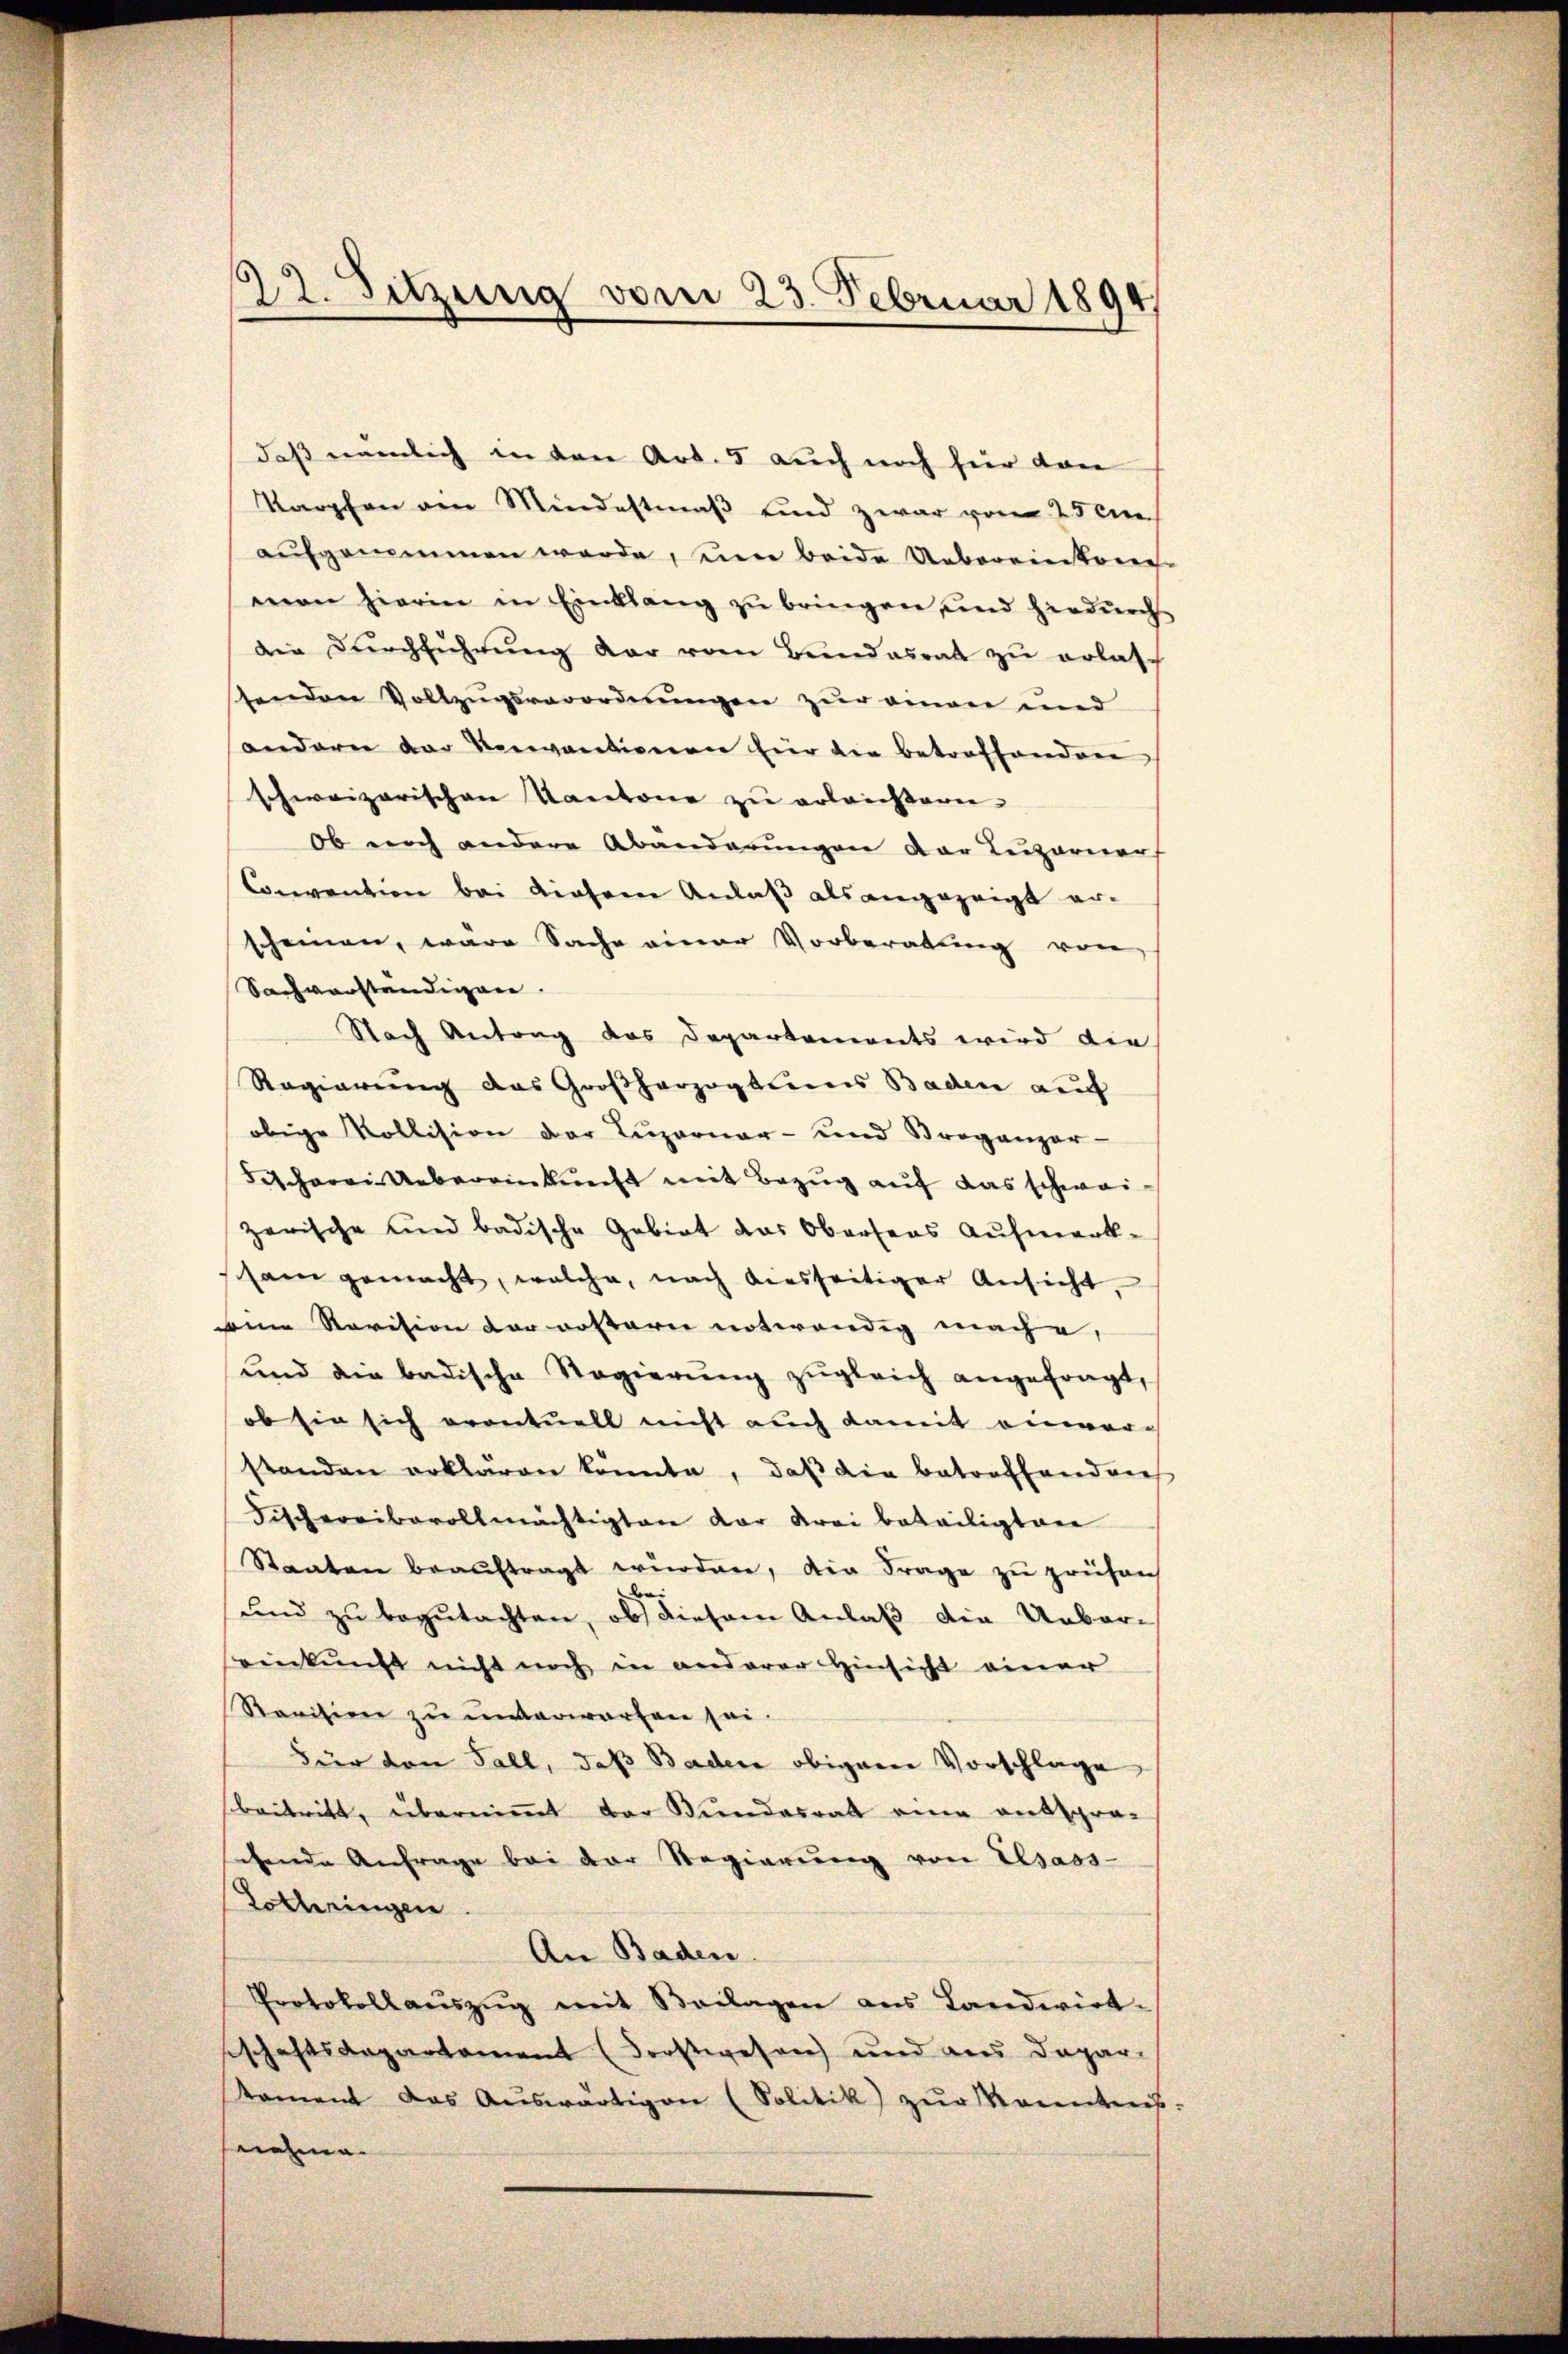
22. Sitzung vom 23. Februar 1894

daß nämlich in den Art. 5 auch noch hier von
Karpfen ein Mindestmaß und zwar vom 25 de
aŭfgenommen werde, eine beide Uebereinkom-
mon hierin in Einklang zu bringen, und hiedurch
die Durchführung der vom Bundesrat zu erlassenden Vollzugsverordnungen zur einen und
andern der Verantionen für die betroffenden
schweizerischen Kantone zu erleichtern
ob noch andere Abänderungen der Luzerner
Convention bei diesern Anlaß als angezeigt erscheinen, ware Sache einer Vorberatung von
Sachverständigen.
Nach Antrag das Departements wird die
Regierung das Großherzogteines Baden auf
obige Kollision der Luzerner- und Proganzer-
Fischerei Uebereinkunft mit Bezug auf das schweizerische und badische Gebiet das Oberseas Aufmerk-
scham gemacht, welche, nach diesseitiger Ansicht,
eine Revision der rosterie notwendig mache,
und die badische Regierŭng zŭgleich angefragt,
ob sie sich eventuell nicht auch damit einver-
standen erklären könnte, daß die Betroffenden
Fischereiberollmächtigten der Krei beteiligten
Staaten beauftragt würden, die Frage zu prüfen
e
und zu begutachten, ob diesem Anlaß die Ueber-
seinkunft nicht noch in anderer Hinsicht einer
Ravision zu unterworfen sei.
Für den Fall, daβ Baden obigem Vorschlage
beitritt, übernimmt der Bundesrat eine entspro-
sehende Anfrage bei der Regierŭng von Elsass-
Lothringen.
An Baden
Protokollaŭszŭg mit Beilagen ans Landwirt-
schaftsdepartement (Forstwesen und aus Deparkoment das Aŭswärtigen (Solitik) zŭr Kenntnis-
iehma- |